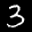
Label: 3